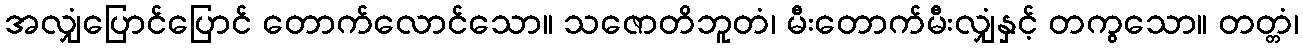
အလျှံပြောင်ပြောင် တောက်လောင်သော။ သဇောတိဘူတံ၊ မီးတောက်မီးလျှံနှင့် တကွသော။ တတ္တံ၊